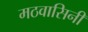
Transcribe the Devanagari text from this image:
मठवासिनी